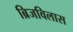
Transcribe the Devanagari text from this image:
ब्रिजविलास